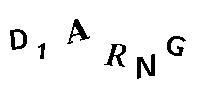
D1ARNG